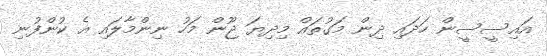
އައިސީސީން ހަދައި ދިން މަގުތައް މިދިޔަ ޖޫން މަހު ނިންމާލައި އެ ކުންފުނި